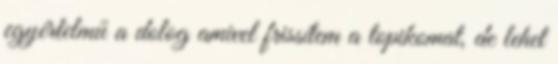
egyértelmű a dolog amivel frissítem a topikomat, de lehet